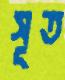
সূত